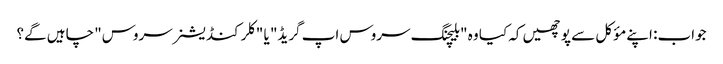
جواب: اپنے مؤکل سے پوچھیں کہ کیا وہ "بلیچنگ سروس اپ گریڈ" یا "کلر کنڈیشنر سروس" چاہیں گے؟